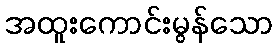
အထူးကောင်းမွန်သော